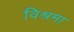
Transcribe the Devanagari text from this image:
विश्रमा